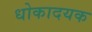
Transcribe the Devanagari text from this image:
धोकादयक